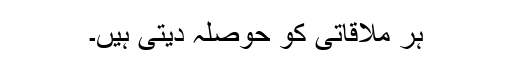
ہر ملاقاتی کو حوصلہ دیتی ہیں۔